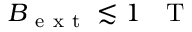
B _ { \mathrm { ~ e ~ x ~ t ~ } } \lesssim 1 \mathrm { ~ ~ ~ T ~ }